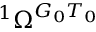
{ } ^ { 1 } \Omega ^ { G _ { 0 } T _ { 0 } }